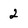
Character: 2